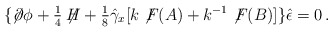
\begin{align*}\{\not\!\partial\phi +{\textstyle\frac{1}{4}}\not\!\!H+{\textstyle\frac{1}{8}}\hat{\gamma}_{x} [k\not\!F(A)+k^{-1}\not\!F(B)]\}\hat{\epsilon}=0\, .\end{align*}